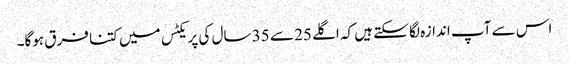
اس سے آپ اندازہ لگا سکتے ہیں کہ اگلے 25 سے 35 سال کی پریکٹس میں کتنا فرق ہوگا۔